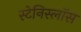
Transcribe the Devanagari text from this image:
स्टेनिस्लॉस